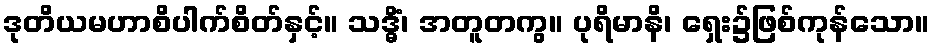
ဒုတိယမဟာစိပါက်စိတ်နှင့်။ သဒ္ဓိံ၊ အတူတကွ။ ပုရိမာနိ၊ ရှေး၌ဖြစ်ကုန်သော။